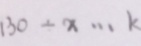
1 3 0 \div x \cdots k